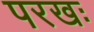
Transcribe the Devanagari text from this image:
परखः